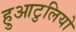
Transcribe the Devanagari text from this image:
हुआटुलियो